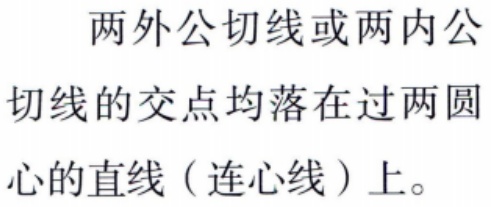
两外公切线或两内公切线的交点均落在过两圆心的直线（连心线）上。